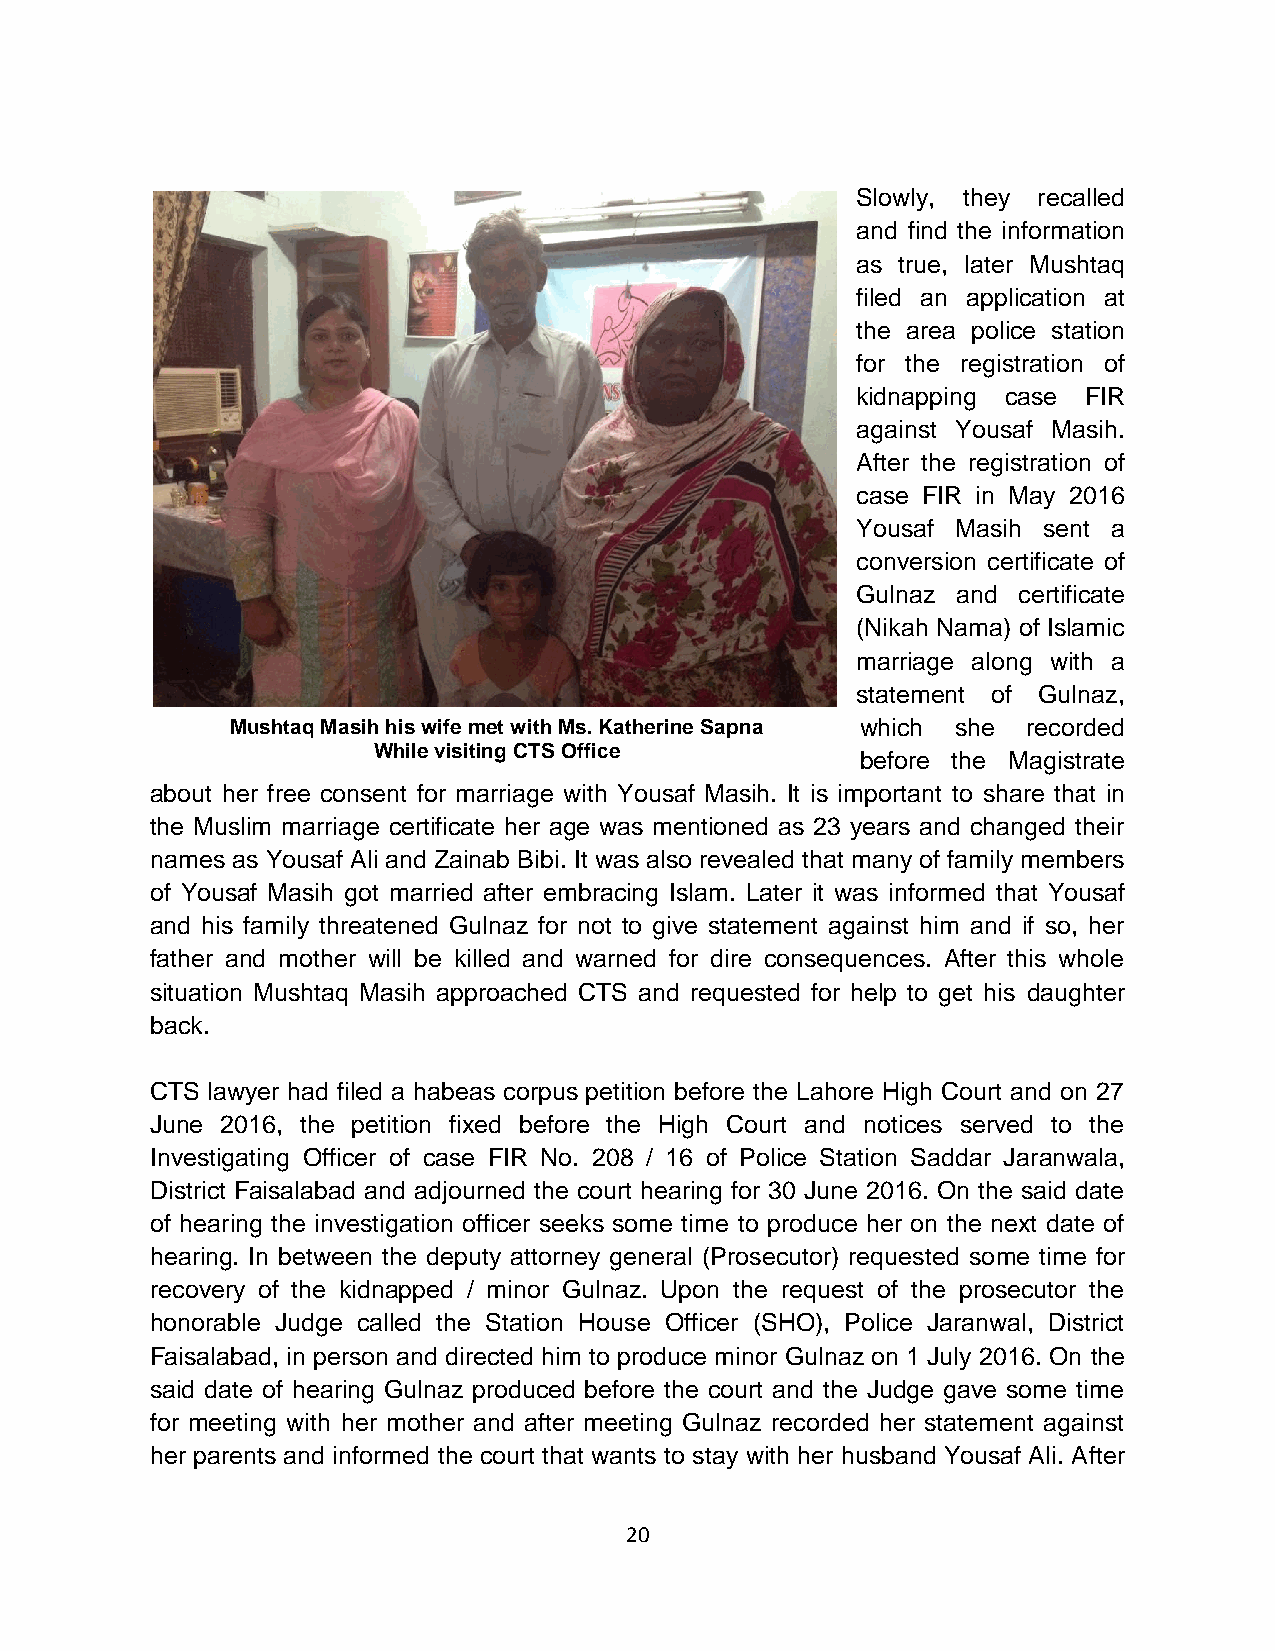
Slowly, they recalled
 and find the information
 as true, later Mushtaq
 filed an application at
 the area police station
 for the registration of
 kidnapping case FIR
 against Yousaf Masih.
 After the registration of
 case FIR in May 2016
 Yousaf Masih sent a
 conversion certificate of
 Gulnaz and certificate
 (Nikah Nama) of Islamic
 marriage along with a
 statement of Gulnaz,
 Mushtaq Masih his wife met with Ms. Katherine Sapna which she recorded
 While visiting CTS Office
 before the Magistrate
 about her free consent for marriage with Yousaf Masih. It is important to share that in
 the Muslim marriage certificate her age was mentioned as 23 years and changed their
 names as Yousaf Ali and Zainab Bibi. It was also revealed that many of family members
 of Yousaf Masih got married after embracing Islam. Later it was informed that Yousaf
 and his family threatened Gulnaz for not to give statement against him and if so, her
 father and mother will be killed and warned for dire consequences. After this whole
 situation Mushtaq Masih approached CTS and requested for help to get his daughter
 back.
 CTS lawyer had filed a habeas corpus petition before the Lahore High Court and on 27
 June 2016, the petition fixed before the High Court and notices served to the
 Investigating Officer of case FIR No. 208 / 16 of Police Station Saddar Jaranwala,
 District Faisalabad and adjourned the court hearing for 30 June 2016. On the said date
 of hearing the investigation officer seeks some time to produce her on the next date of
 hearing. In between the deputy attorney general (Prosecutor) requested some time for
 recovery of the kidnapped / minor Gulnaz. Upon the request of the prosecutor the
 honorable Judge called the Station House Officer (SHO), Police Jaranwal, District
 Faisalabad, in person and directed him to produce minor Gulnaz on 1 July 2016. On the
 said date of hearing Gulnaz produced before the court and the Judge gave some time
 for meeting with her mother and after meeting Gulnaz recorded her statement against
 her parents and informed the court that wants to stay with her husband Yousaf Ali. After
 20